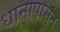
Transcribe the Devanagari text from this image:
धानापासुन